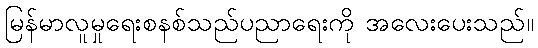
မြန်မာလူမှုရေးစနစ်သည်ပညာရေးကို အလေးပေးသည်။